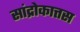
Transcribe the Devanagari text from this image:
सांद्रोकात्तस